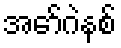
အော်ဂဲနစ်